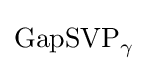
\mathrm {GapSVP} _{\gamma }